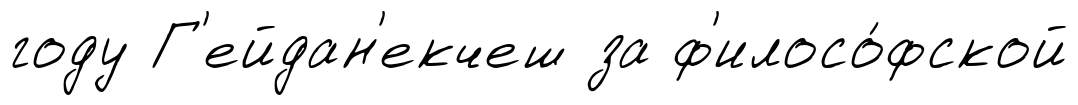
году Г'ейдан'екчеш за ф'илосо́фской